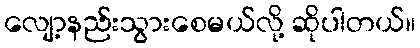
လျော့နည်းသွားစေမယ်လို့ ဆိုပါတယ်။